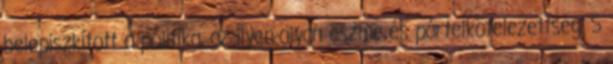
belepiszkított a politika, az ilyen-olyan eszme és pártelkötelezettség. S